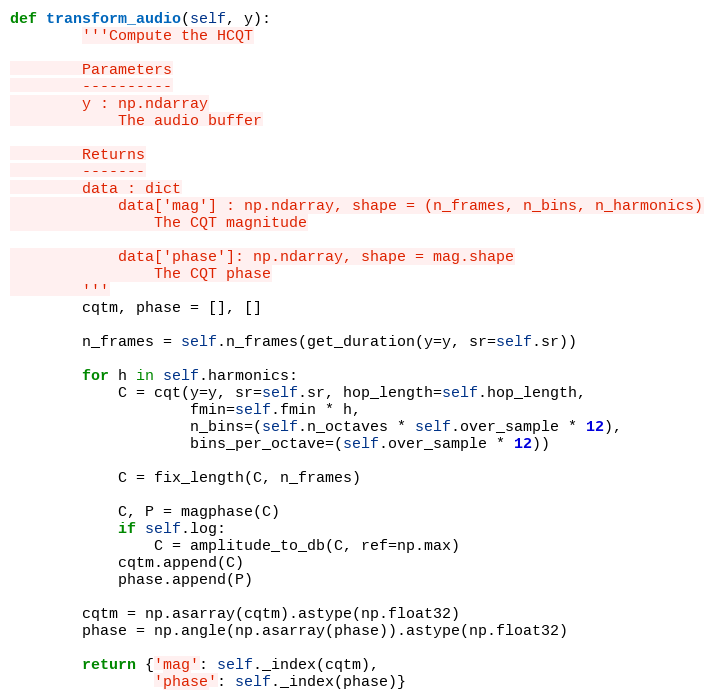
Language: Python
def transform_audio(self, y):
        '''Compute the HCQT

        Parameters
        ----------
        y : np.ndarray
            The audio buffer

        Returns
        -------
        data : dict
            data['mag'] : np.ndarray, shape = (n_frames, n_bins, n_harmonics)
                The CQT magnitude

            data['phase']: np.ndarray, shape = mag.shape
                The CQT phase
        '''
        cqtm, phase = [], []

        n_frames = self.n_frames(get_duration(y=y, sr=self.sr))

        for h in self.harmonics:
            C = cqt(y=y, sr=self.sr, hop_length=self.hop_length,
                    fmin=self.fmin * h,
                    n_bins=(self.n_octaves * self.over_sample * 12),
                    bins_per_octave=(self.over_sample * 12))

            C = fix_length(C, n_frames)

            C, P = magphase(C)
            if self.log:
                C = amplitude_to_db(C, ref=np.max)
            cqtm.append(C)
            phase.append(P)

        cqtm = np.asarray(cqtm).astype(np.float32)
        phase = np.angle(np.asarray(phase)).astype(np.float32)

        return {'mag': self._index(cqtm),
                'phase': self._index(phase)}